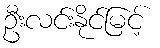
ဦးလင်းနိုင်မြင့်